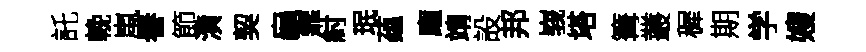
託輓嵐譽節潢契龜霏紂珉蕴龐靖設邦峩塔篝叢穉期学嫂